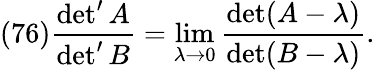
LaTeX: (76)\frac{\operatorname*{det}^{\prime}A}{\operatorname*{det}^{\prime}B}=\operatorname*{lim}_{\lambda\to 0}\frac{\operatorname*{det}(A-\lambda)}{\operatorname*{det}(B-\lambda)}.